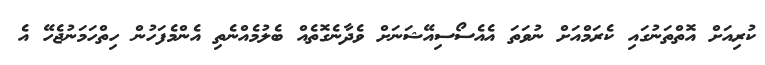
ކުރިއަށް އޮތްތަނުގައި ކެރަމްއަށް ނުވަތަ އެއެސޯސިއޭޝަނަށް ވެދާނެގޮތެއް ބެލުމެއްނެތި އެންމެފަހުން ހިތްހަމަނުޖެހޭ އެ